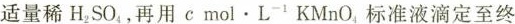
适量稀$$H _ { 2 }SO _ { 4 }$$，再用 $$c m o l \cdot L ^ {- 1 } K M n O _ { 4 }$$标准液滴定至终